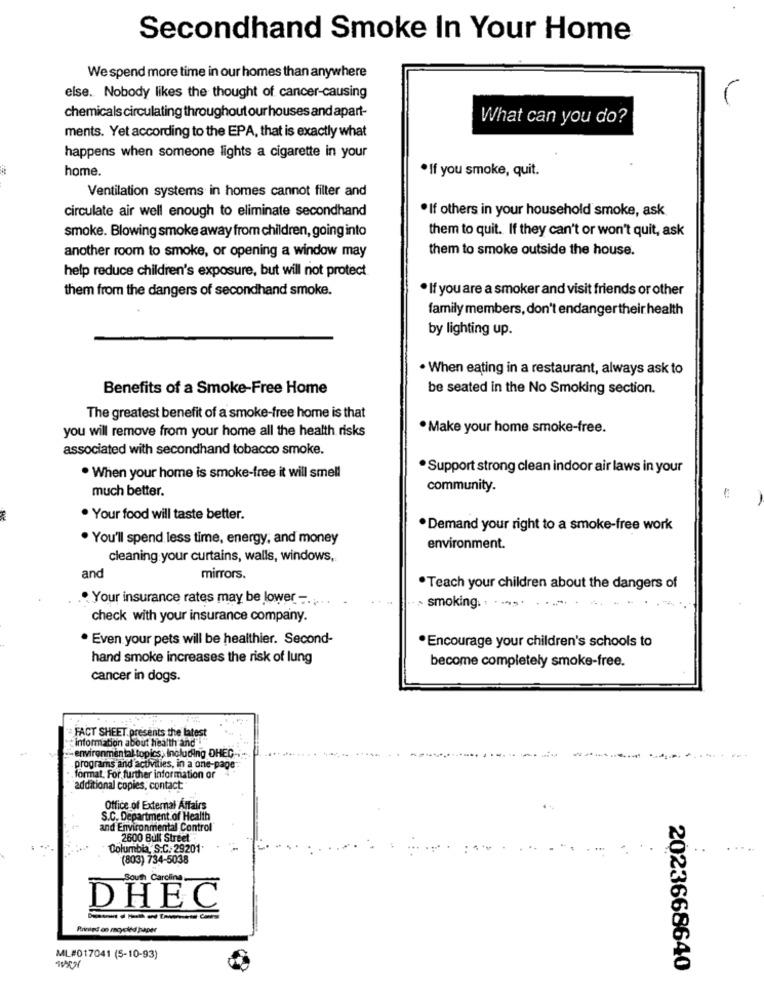
Secondhand Smoke In Your Home
We spend more time in our homes than anywhere
else. Nobody likes the thought of cancer-causing
-
chemicals circulating throughout ourhouses and apart-
What can you do?
ments. Yet according to the EPA, that is exactly what
happens when someone lights a cigarette in your
home.
·If you smoke, quit.
Ventilation systems in homes cannot filter and
circulate air well enough to eliminate secondhand
. If others in your household smoke, ask
smoke. Blowing smoke away from children, going into
them to quit. If they can't or won't quit, ask
another room to smoke, or opening a window may
them to smoke outside the house.
help reduce children's exposure, but will not protect
them from the dangers of secondhand smoke.
. If you are a smoker and visit friends or other
family members, don't endangertheir health
by lighting up.
. When eating in a restaurant, always ask to
Benefits of a Smoke-Free Home
be seated in the No Smoking section.
The greatest benefit of a smoke-free home is that
you will remove from your home all the health risks
. Make your home smoke-free.
associated with secondhand tobacco smoke.
. Support strong clean indoor air laws in your
. When your home is smoke-free it will smell
much better.
community.
-
· Your food will taste better.
. Demand your right to a smoke-free work
You'll spend less time, energy, and money
environment.
cleaning your curtains, walls, windows,
and
mirrors.
.Teach your children about the dangers of
. Your insurance rates may be lower -. ....
~ smoking. . . ... . . . .. "
check with your insurance company.
·Even your pets will be healthier. Second-
.Encourage your children's schools to
hand smoke increases the risk of lung
become completely smoke-free.
cancer in dogs.
FACT SHEET. presents the latest
information about health and"
"-environmental topics, including DHEC -.
grams and activities, in a one-page
format. For further information or
additional copies, contact:
Office of External Affairs
S.C. Department of Health
and Environmental Control
2600 Bull Street
Columbia, S.C. 29201.
(803) 734-5038
South Carolina
DHEC
Printed on mcycled paper
ML#017041 (5-10-93)
2023668640